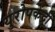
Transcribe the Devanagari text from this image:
युरोपकेंद्री